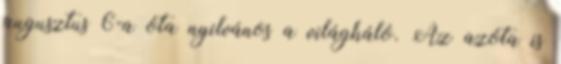
augusztus 6-a óta nyilvános a világháló. Az azóta is